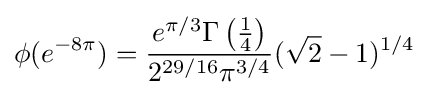
\phi (e^{-8\pi })={\frac {e^{\pi /3}\Gamma \left({\frac {1}{4}}\right)}{2^{29/16}\pi ^{3/4}}}({\sqrt {2}}-1)^{1/4}